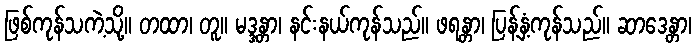
ဖြစ်ကုန်သကဲ့သို့။ တထာ၊ တူ။ မဒ္ဒန္တာ၊ နင်းနယ်ကုန်သည်။ ဖရန္တာ၊ ပြန့်နှံ့ကုန်သည်။ ဆာဒေန္တာ၊